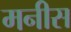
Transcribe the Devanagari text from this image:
मनीस